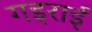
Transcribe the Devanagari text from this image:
गइराई